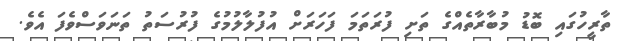
ތާރީހުގައި ބޮޑު މުބާރާތެއްގެ ތަށި ފުރަތަމަ ފަހަރަށް އުފުލާލުމުގެ ފުރުސަތު ތަނަވަސްވެފަ އެވެ.